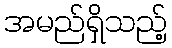
အမည်ရှိသည့်